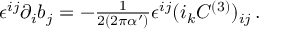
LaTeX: \epsilon ^ { i j } \partial _ { i } b _ { j } = - { \textstyle \frac { 1 } { 2 ( 2 \pi \alpha ^ { \prime } ) } } \epsilon ^ { i j } ( i _ { k } C ^ { ( 3 ) } ) _ { i j } \, .